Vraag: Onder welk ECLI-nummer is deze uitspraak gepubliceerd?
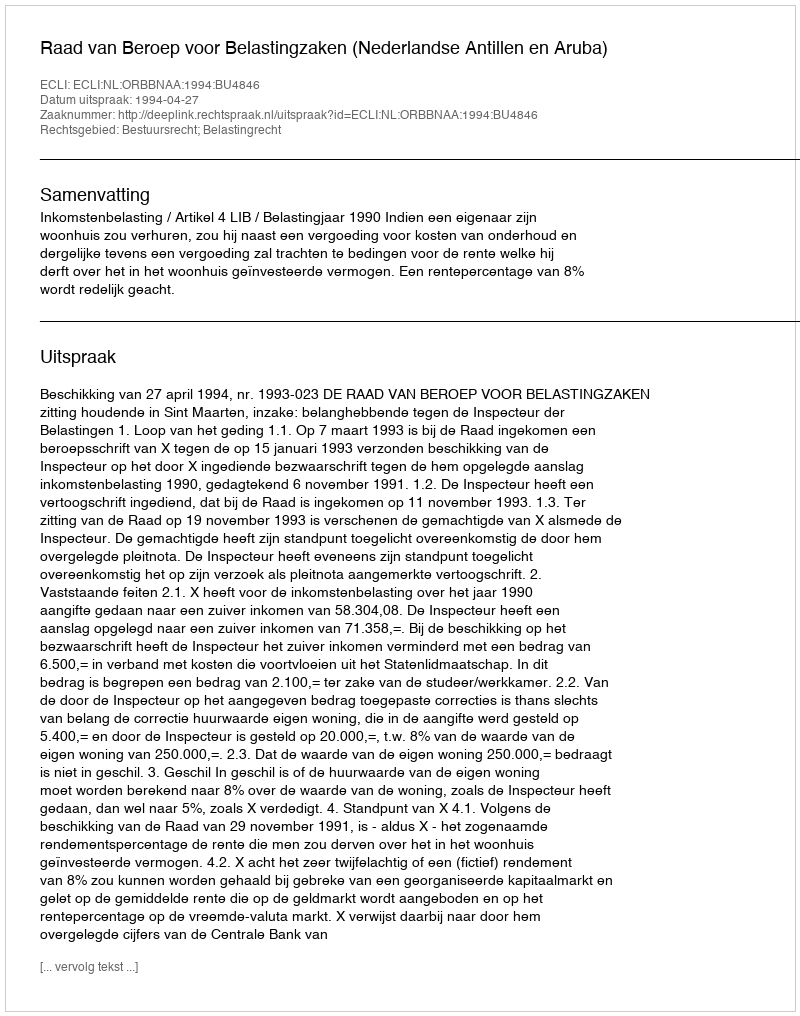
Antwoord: ECLI:NL:ORBBNAA:1994:BU4846